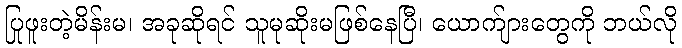
ပြုဖူးတဲ့မိန်းမ၊ အခုဆိုရင် သူမုဆိုးမဖြစ်နေပြီ၊ ယောက်ျားတွေကို ဘယ်လို